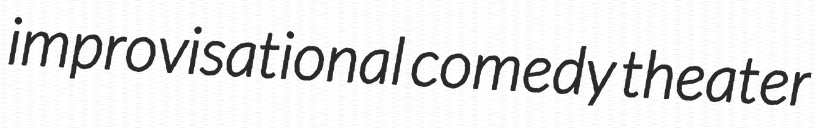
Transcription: improvisational comedy theater